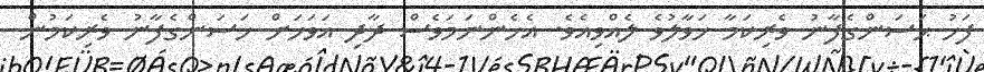
ފަހު ޙަސަންގެފާނު ވެރިކަމާ ހަވާލުވެ ލެއްވިއެވެ. އެހެންނަމަވެސް ދާދި އަވަހަށް ހަސަންގެފާނު ވެރިކަމުން